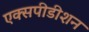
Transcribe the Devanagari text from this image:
एक्सपीडीशन